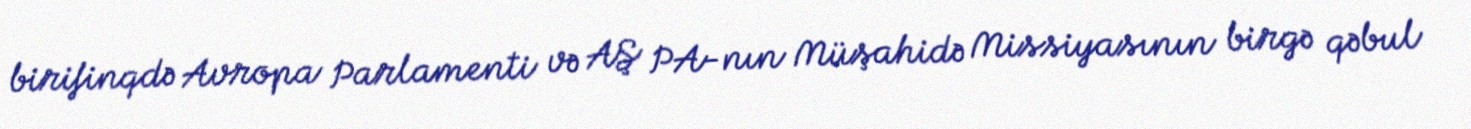
birifinqdə Avropa Parlamenti və AŞ PA-nın Müşahidə Missiyasının birgə qəbul